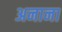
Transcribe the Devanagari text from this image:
अनाना